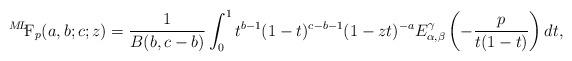
LaTeX: \begin{align*} {}^{M\!L\!\!}\textrm{F}_{p}(&a,b;c;z)=\frac{1}{B(b,c-b)} \int_{0}^{1}t^{b-1}(1-t)^{c-b-1}(1-zt)^{-a}E_{\alpha, \beta}^{\gamma}\left(-\frac{p}{t(1-t)}\right)dt,\end{align*}